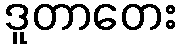
ဒူတာတေး